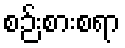
စဉ်းစားစရာ